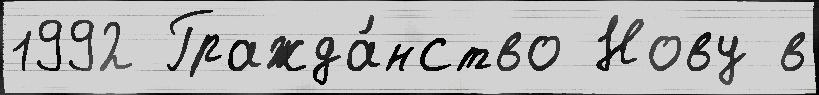
1992 Гражда́нство Нову в